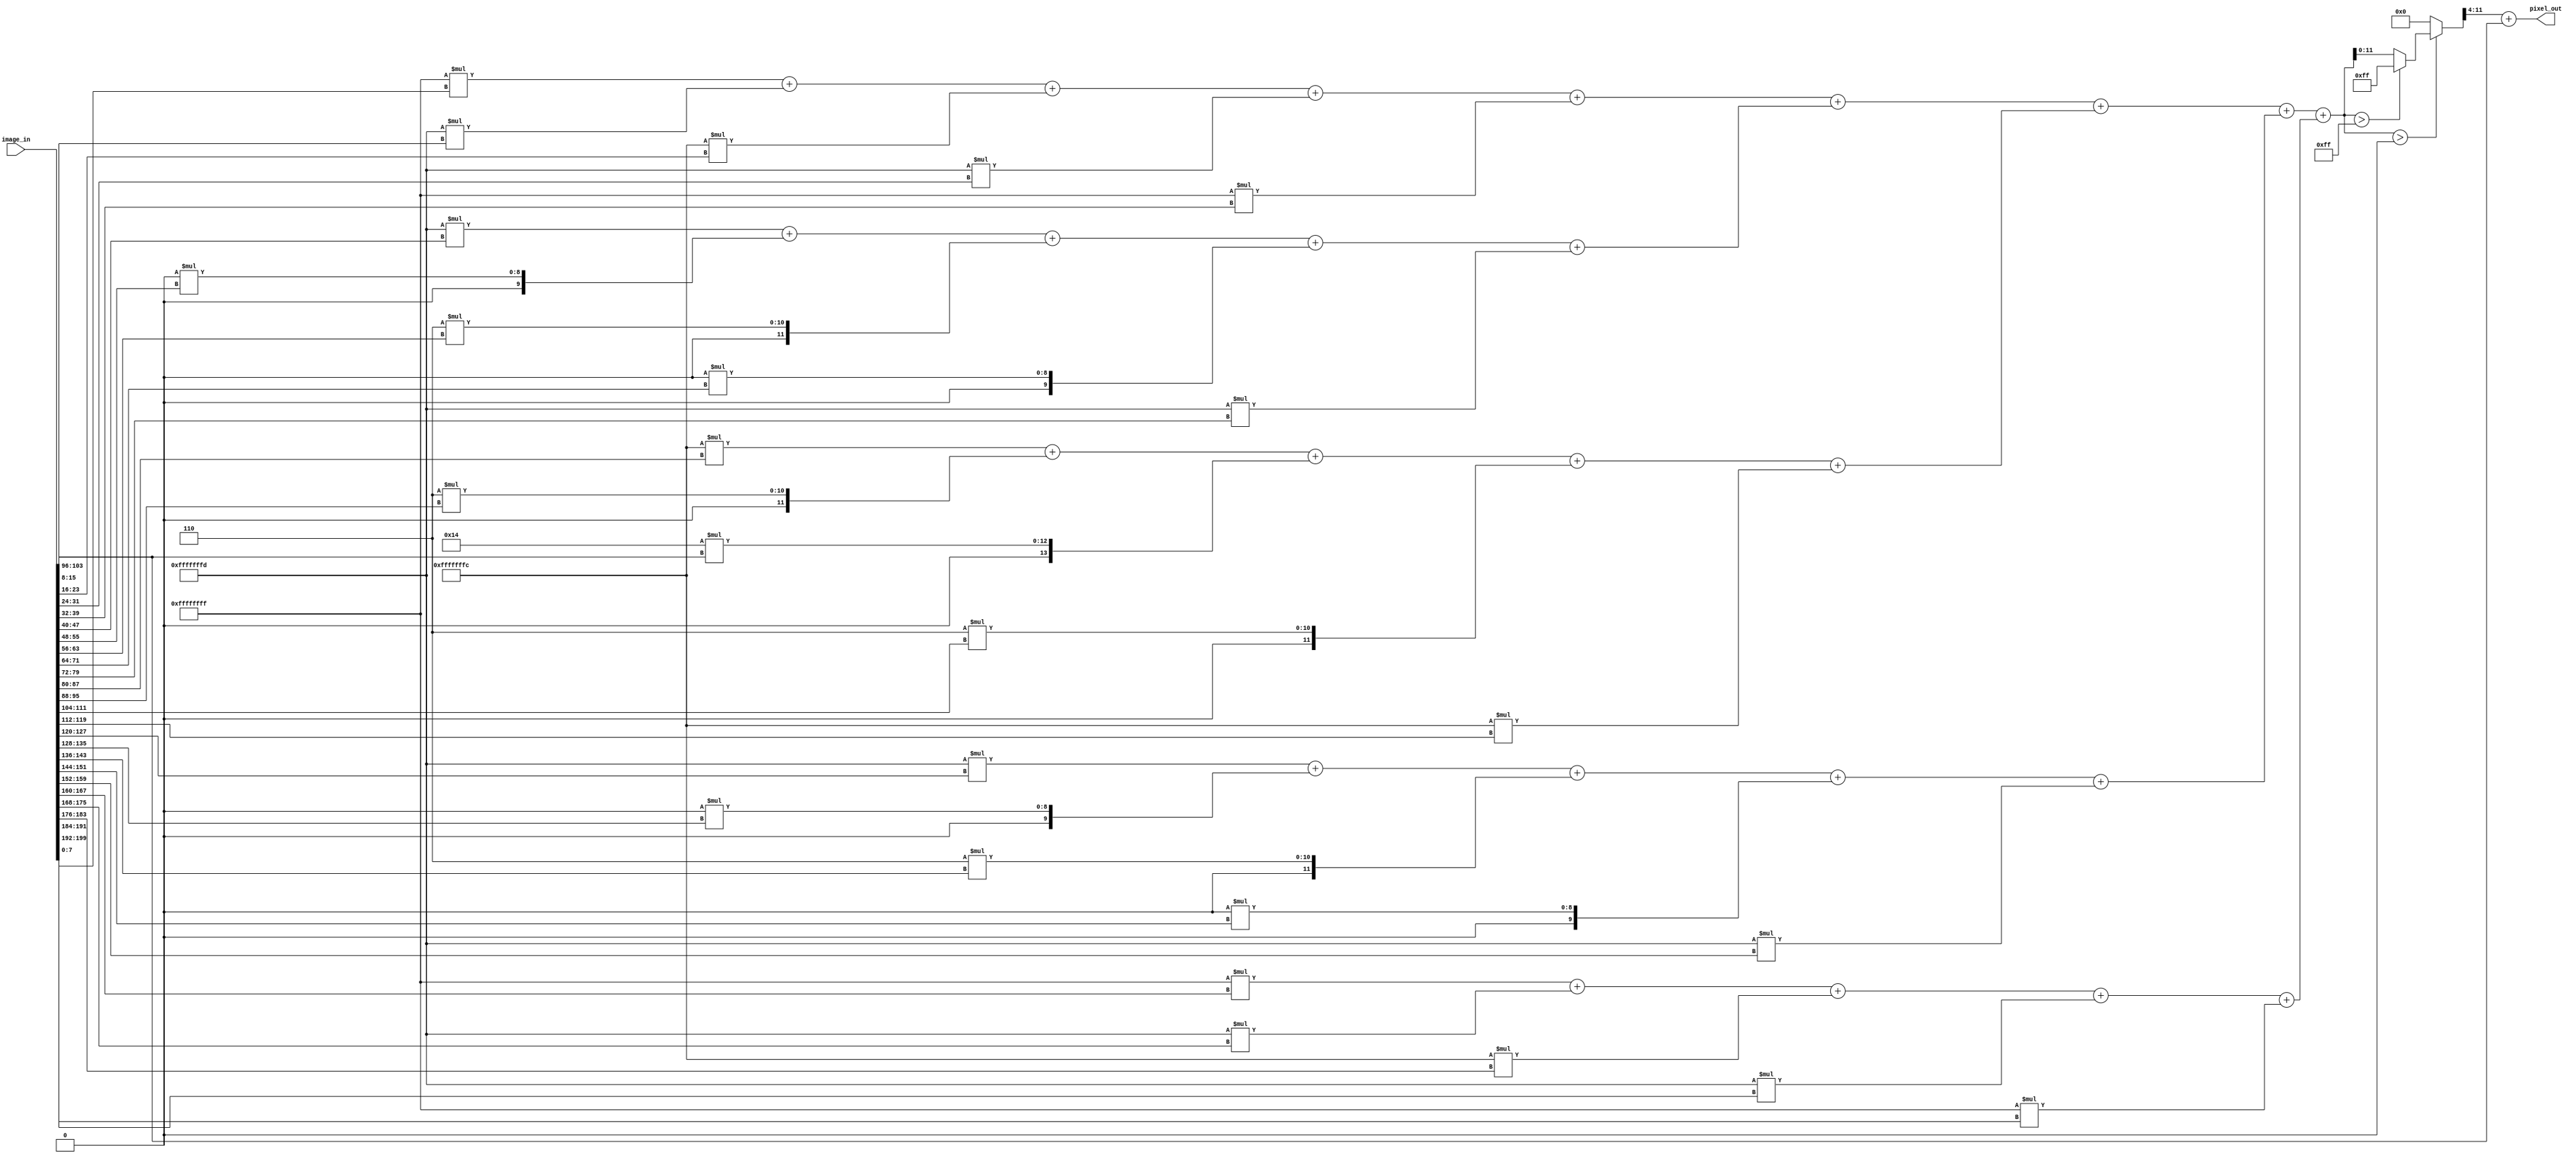
module Edge_Log(
    input [199:0] image_in, //Input Matrix
    output [7:0] pixel_out //Output Matrix
);
    // Temporary registers for paralelization
    wire [15:0] tmp1, tmp2, tmp3, tmp4, tmp5, tmp6, tmp7;
    
    //Directly writing the values for 5x5 kernel, where the values are hand-calculated
    wire signed[15:0] el1 = -1*image_in[7:0]; 
    wire signed[15:0] el2 = -3*image_in[15:8]; 
    wire signed[15:0] el3 = -4*image_in[23:16]; 
    wire signed[15:0] el4 = -3*image_in[31:24]; 
    wire signed[15:0] el5 = -1*image_in[39:32]; 
         
    wire signed[15:0] el6 = -3*image_in[47:40]; 
    wire signed[15:0] el7 = 0*image_in[55:48]; 
    wire signed[15:0] el8 = 6*image_in[63:56]; 
    wire signed[15:0] el9 = 0*image_in[71:64]; 
    wire signed[15:0] el10 = -3*image_in[79:72]; 
         
    wire signed[15:0] el11 = -4*image_in[87:80]; 
    wire signed[15:0] el12 = 6*image_in[95:88]; 
    wire signed[15:0] el13 = 20*image_in[103:96]; 
    wire signed[15:0] el14 = 6*image_in[111:104]; 
    wire signed[15:0] el15 = -4*image_in[119:112]; 
         
    wire signed[15:0] el16 = -3*image_in[127:120]; 
    wire signed[15:0] el17 = 0*image_in[135:128]; 
    wire signed[15:0] el18 = 6*image_in[143:136]; 
    wire signed[15:0] el19 = 0*image_in[151:144]; 
    wire signed[15:0] el20 = -3*image_in[159:152]; 
         
    wire signed[15:0] el21 = -1*image_in[167:160]; 
    wire signed[15:0] el22 = -3*image_in[175:168]; 
    wire signed[15:0] el23 = -4*image_in[183:176]; 
    wire signed[15:0] el24 = -3*image_in[191:184]; 
    wire signed[15:0] el25 = -1*image_in[199:192]; 
    
    
    assign tmp1 = el1 + el2 + el3 + el4 + el5;
    assign tmp2 = el6 + el7 + el8 + el9 + el10;
    assign tmp3 = el11 + el12 + el13 + el14 + el15;
    assign tmp4 = el16 + el17 + el18 + el19 + el20;
    assign tmp5 = el21 + el22 + el23 + el24 + el25;
    assign tmp6 = tmp1 + tmp2 + tmp3 + tmp4 + tmp5;
    
    assign tmp7 = $signed(tmp6) > $signed(0) ? (($signed(tmp6) > $signed(255)) ? 255 : tmp6)
                  : 0; 
    
    assign pixel_out = tmp7[11:4] + image_in[103:96];
    
endmodule